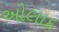
ઓલાદ